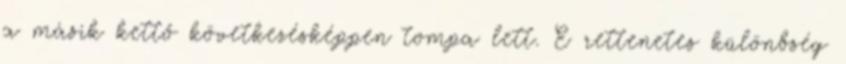
a másik kettő következésképpen tompa lett. E rettenetes különbség